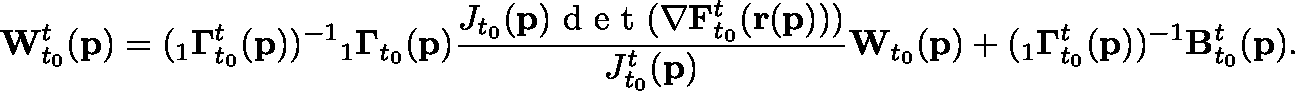
\mathbf { W } _ { t _ { 0 } } ^ { t } ( \mathbf { p } ) = ( { } _ { 1 } \mathbf { \Gamma } _ { t _ { 0 } } ^ { t } ( \mathbf { p } ) ) ^ { - 1 } { } _ { 1 } \mathbf { \Gamma } _ { t _ { 0 } } ( \mathbf { p } ) \frac { J _ { t _ { 0 } } ( \mathbf { p } ) \textup { d e t } ( \mathbf { \nabla } \mathbf { F } _ { t _ { 0 } } ^ { t } ( \mathbf { r } ( \mathbf { p } ) ) ) } { J _ { t _ { 0 } } ^ { t } ( \mathbf { p } ) } \mathbf { W } _ { t _ { 0 } } ( \mathbf { p } ) + ( { } _ { 1 } \mathbf { \Gamma } _ { t _ { 0 } } ^ { t } ( \mathbf { p } ) ) ^ { - 1 } \mathbf { B } _ { t _ { 0 } } ^ { t } ( \mathbf { p } ) .